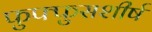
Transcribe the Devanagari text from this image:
फुफ्फुसशीर्ष